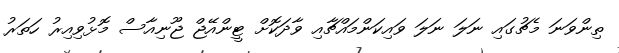
ތިންވަނަ މެޗުގައި ނަލަ ނަލަ ވައިކަންމައްޗާއި ވާދަކޮށް ޓީންއޭޖް ޖޫނިއާސް މޮޅުވިއިރު ހަތަރު